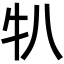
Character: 𬌙